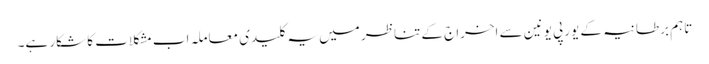
تاہم برطانیہ کے یورپی یونین سے اخراج کے تناظر میں یہ کلیدی معاملہ اب مشکلات کا شکار ہے۔